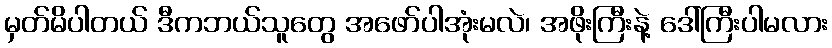
မှတ်မိပါတယ် ဒီကဘယ်သူတွေ အဖော်ပါအုံးမလဲ၊ အဖိုးကြီးနဲ့ ဒေါ်ကြီးပါမလား